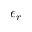
\epsilon _ { r }